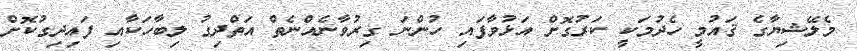
މެލޭޝިޔާގެ ޤައުމީ ހެދުމަކީ ކަރުގޮށް އަޅުވާފައި ހުންނަ ގިރުވާނެއްނެތް އަތްދިގު ލިބާހަކާއި ފައިދިގުކޮށް